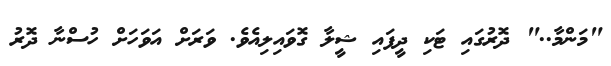
"މަންމާ.." ދޮރުގައި ޓަކި ދީފައި ޝީލާ ގޮވައިލިއެވެ. ވަރަށް އަވަހަށް ހުސްނާ ދޮރު